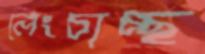
লেংচাচ্ছ